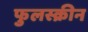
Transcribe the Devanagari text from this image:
फुलस्क्रीन